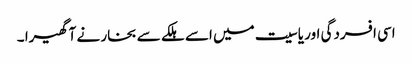
اسی افسردگی اور یاسیت میں اسے ہلکے سے بخار نے آ گھیرا ۔